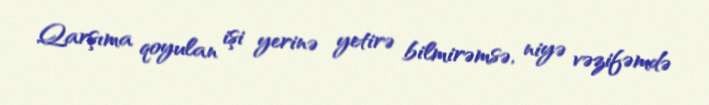
Qarşıma qoyulan işi yerinə yetirə bilmirəmsə, niyə vəzifəmdə